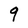
Character: q